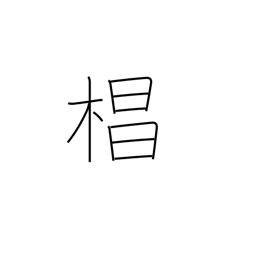
Meaning: Japanese cedar